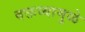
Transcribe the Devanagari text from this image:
वक्तव्यामुळे